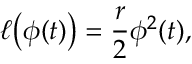
\ell \bigl ( \phi ( t ) \bigr ) = \frac { r } { 2 } \phi ^ { 2 } ( t ) ,